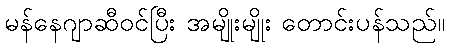
မန်နေဂျာဆီဝင်ပြီး အမျိုးမျိုး တောင်းပန်သည်။